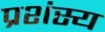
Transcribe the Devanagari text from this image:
प्रशंस्य